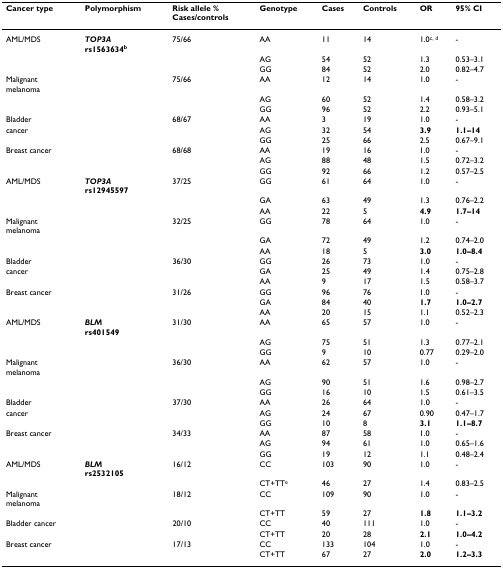
<table><thead><tr><td><b>Cancer type</b></td><td><b>Polymorphism</b></td><td><b>Risk allele %Cases/controls</b></td><td><b>Genotype</b></td><td><b>Cases</b></td><td><b>Controls</b></td><td><b>OR</b></td><td><b>95% CI</b></td></tr></thead><tbody><tr><td>AML/MDS</td><td><b><i>TOP3A</i></b><b>rs1563634<sup>b</sup></b></td><td>75/66</td><td>AA</td><td>11</td><td>14</td><td>1.0<sup>c, d</sup></td><td>-</td></tr><tr><td></td><td></td><td></td><td>AG</td><td>54</td><td>52</td><td>1.3</td><td>0.53–3.1</td></tr><tr><td></td><td></td><td></td><td>GG</td><td>84</td><td>52</td><td>2.0</td><td>0.82–4.7</td></tr><tr><td>Malignantmelanoma</td><td></td><td>75/66</td><td>AA</td><td>12</td><td>14</td><td>1.0</td><td>-</td></tr><tr><td></td><td></td><td></td><td>AG</td><td>60</td><td>52</td><td>1.4</td><td>0.58–3.2</td></tr><tr><td></td><td></td><td></td><td>GG</td><td>96</td><td>52</td><td>2.2</td><td>0.93–5.1</td></tr><tr><td>Bladder</td><td></td><td>68/67</td><td>AA</td><td>3</td><td>19</td><td>1.0</td><td>-</td></tr><tr><td>cancer</td><td></td><td></td><td>AG</td><td>32</td><td>54</td><td><b>3.9</b></td><td><b>1.1–14</b></td></tr><tr><td></td><td></td><td></td><td>GG</td><td>25</td><td>66</td><td>2.5</td><td>0.67–9.1</td></tr><tr><td>Breast cancer</td><td></td><td>68/68</td><td>AA</td><td>19</td><td>16</td><td>1.0</td><td>-</td></tr><tr><td></td><td></td><td></td><td>AG</td><td>88</td><td>48</td><td>1.5</td><td>0.72–3.2</td></tr><tr><td></td><td></td><td></td><td>GG</td><td>92</td><td>66</td><td>1.2</td><td>0.57–2.5</td></tr><tr><td>AML/MDS</td><td><b><i>TOP3A</i></b><b>rs12945597</b></td><td>37/25</td><td>GG</td><td>61</td><td>64</td><td>1.0</td><td>-</td></tr><tr><td></td><td></td><td></td><td>GA</td><td>63</td><td>49</td><td>1.3</td><td>0.76–2.2</td></tr><tr><td></td><td></td><td></td><td>AA</td><td>22</td><td>5</td><td><b>4.9</b></td><td><b>1.7–14</b></td></tr><tr><td>Malignantmelanoma</td><td></td><td>32/25</td><td>GG</td><td>78</td><td>64</td><td>1.0</td><td>-</td></tr><tr><td></td><td></td><td></td><td>GA</td><td>72</td><td>49</td><td>1.2</td><td>0.74–2.0</td></tr><tr><td></td><td></td><td></td><td>AA</td><td>18</td><td>5</td><td><b>3.0</b></td><td><b>1.0–8.4</b></td></tr><tr><td>Bladder</td><td></td><td>36/30</td><td>GG</td><td>26</td><td>73</td><td>1.0</td><td>-</td></tr><tr><td>cancer</td><td></td><td></td><td>GA</td><td>25</td><td>49</td><td>1.4</td><td>0.75–2.8</td></tr><tr><td></td><td></td><td></td><td>AA</td><td>9</td><td>17</td><td>1.5</td><td>0.58–3.7</td></tr><tr><td>Breast cancer</td><td></td><td>31/26</td><td>GG</td><td>96</td><td>76</td><td>1.0</td><td>-</td></tr><tr><td></td><td></td><td></td><td>GA</td><td>84</td><td>40</td><td><b>1.7</b></td><td><b>1.0–2.7</b></td></tr><tr><td></td><td></td><td></td><td>AA</td><td>20</td><td>15</td><td>1.1</td><td>0.52–2.3</td></tr><tr><td>AML/MDS</td><td><b><i>BLM</i></b><b>rs401549</b></td><td>31/30</td><td>AA</td><td>65</td><td>57</td><td>1.0</td><td>-</td></tr><tr><td></td><td></td><td></td><td>AG</td><td>75</td><td>51</td><td>1.3</td><td>0.77–2.1</td></tr><tr><td></td><td></td><td></td><td>GG</td><td>9</td><td>10</td><td>0.77</td><td>0.29–2.0</td></tr><tr><td>Malignantmelanoma</td><td></td><td>36/30</td><td>AA</td><td>62</td><td>57</td><td>1.0</td><td>-</td></tr><tr><td></td><td></td><td></td><td>AG</td><td>90</td><td>51</td><td>1.6</td><td>0.98–2.7</td></tr><tr><td></td><td></td><td></td><td>GG</td><td>16</td><td>10</td><td>1.5</td><td>0.61–3.5</td></tr><tr><td>Bladder</td><td></td><td>37/30</td><td>AA</td><td>26</td><td>64</td><td>1.0</td><td>-</td></tr><tr><td>cancer</td><td></td><td></td><td>AG</td><td>24</td><td>67</td><td>0.90</td><td>0.47–1.7</td></tr><tr><td></td><td></td><td></td><td>GG</td><td>10</td><td>8</td><td><b>3.1</b></td><td><b>1.1–8.7</b></td></tr><tr><td>Breast cancer</td><td></td><td>34/33</td><td>AA</td><td>87</td><td>58</td><td>1.0</td><td>-</td></tr><tr><td></td><td></td><td></td><td>AG</td><td>94</td><td>61</td><td>1.0</td><td>0.65–1.6</td></tr><tr><td></td><td></td><td></td><td>GG</td><td>19</td><td>12</td><td>1.1</td><td>0.48–2.4</td></tr><tr><td>AML/MDS</td><td><b><i>BLM</i></b><b>rs2532105</b></td><td>16/12</td><td>CC</td><td>103</td><td>90</td><td>1.0</td><td>-</td></tr><tr><td></td><td></td><td></td><td>CT+TT<sup>e</sup></td><td>46</td><td>27</td><td>1.4</td><td>0.83–2.5</td></tr><tr><td>Malignantmelanoma</td><td></td><td>18/12</td><td>CC</td><td>109</td><td>90</td><td>1.0</td><td>-</td></tr><tr><td></td><td></td><td></td><td>CT+TT</td><td>59</td><td>27</td><td><b>1.8</b></td><td><b>1.1–3.2</b></td></tr><tr><td>Bladder cancer</td><td></td><td>20/10</td><td>CC</td><td>40</td><td>111</td><td>1.0</td><td>-</td></tr><tr><td></td><td></td><td></td><td>CT+TT</td><td>20</td><td>28</td><td><b>2.1</b></td><td><b>1.0–4.2</b></td></tr><tr><td>Breast cancer</td><td></td><td>17/13</td><td>CC</td><td>133</td><td>104</td><td>1.0</td><td>-</td></tr><tr><td></td><td></td><td></td><td>CT+TT</td><td>67</td><td>27</td><td><b>2.0</b></td><td><b>1.2–3.3</b></td></tr></tbody></table>